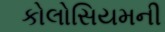
કોલોસિયમની